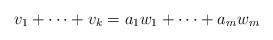
\begin{align*}v_1+\cdots+v_k=a_1w_1+\cdots+a_mw_m\end{align*}